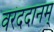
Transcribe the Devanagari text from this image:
वरंददानम्